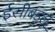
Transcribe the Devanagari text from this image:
ईसीबड्लू